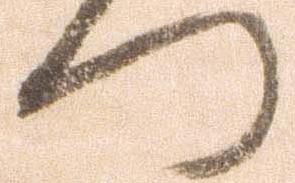
つ